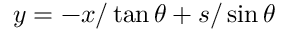
y = - x / \tan \theta + s / \sin \theta